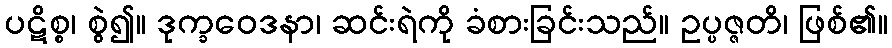
ပဋိစ္စ၊ စွဲ၍။ ဒုက္ခဝေဒနာ၊ ဆင်းရဲကို ခံစားခြင်းသည်။ ဥပ္ပဇ္ဇတိ၊ ဖြစ်၏။